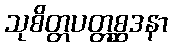
သုစိတ္တပတ္တစ္ဆဒနာ